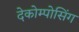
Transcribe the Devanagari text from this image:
देकोम्पोसिंग